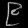
Digit: ၉